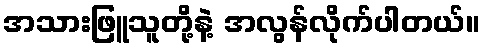
အသားဖြူသူတို့နဲ့ အလွန်လိုက်ပါတယ်။